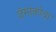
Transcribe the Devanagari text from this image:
ज़ेमांकोवा